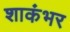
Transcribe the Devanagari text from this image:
शाकंभर